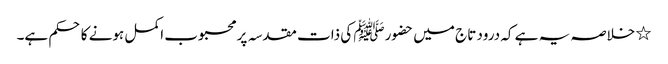
٭ خلاصہ یہ ہے کہ درود تاج میں حضورﷺ کی ذات مقدسہ پر محبوب اکمل ہونے کا حکم ہے۔